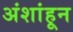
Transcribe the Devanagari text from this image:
अंशांहून